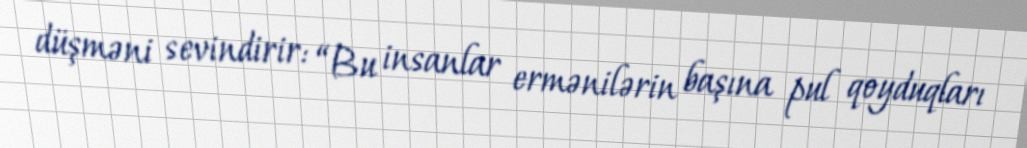
düşməni sevindirir: “Bu insanlar ermənilərin başına pul qoyduqları